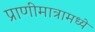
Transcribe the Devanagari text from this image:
प्राणीमात्रामध्ये